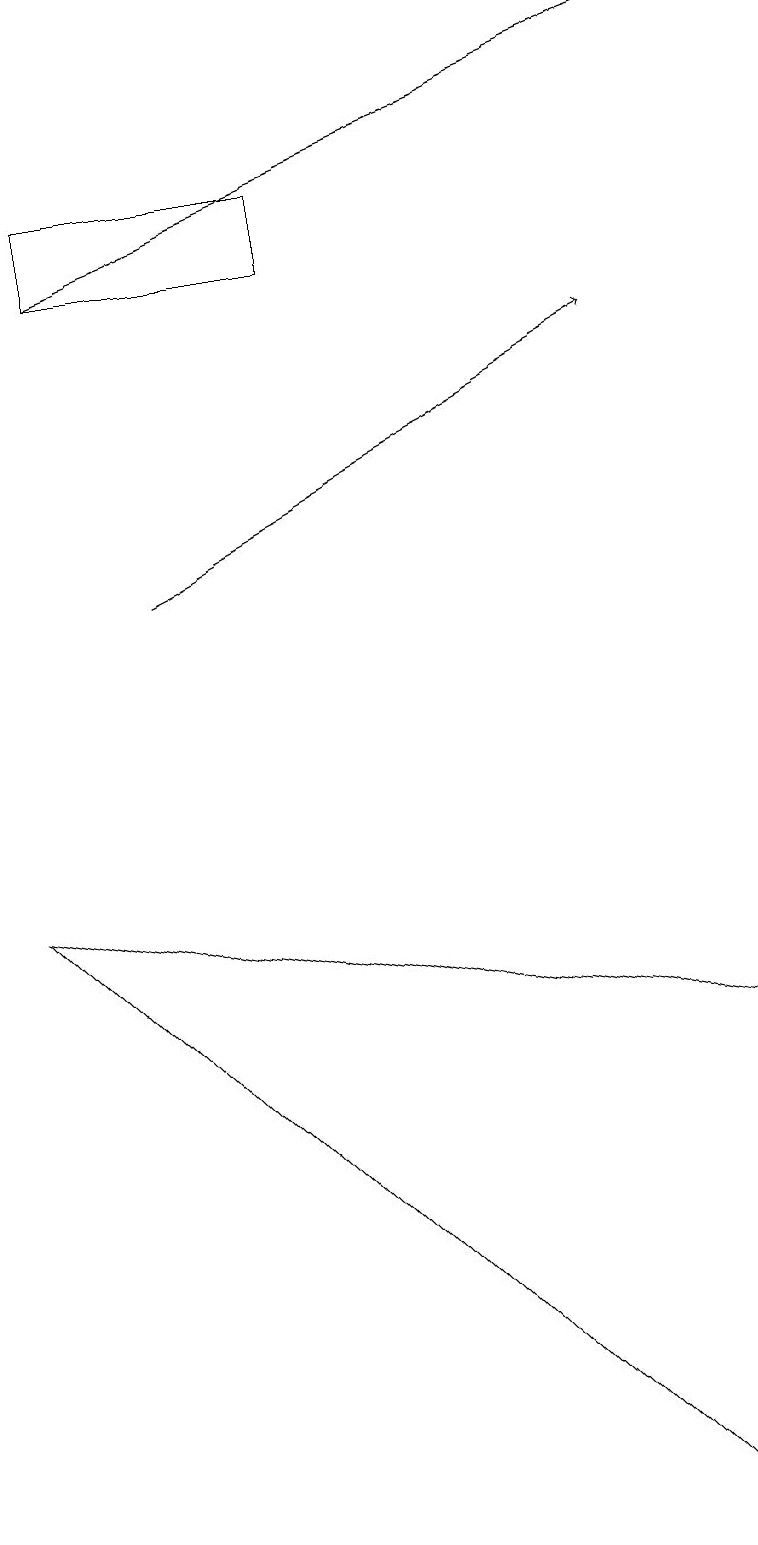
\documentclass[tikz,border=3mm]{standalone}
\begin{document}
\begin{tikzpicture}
\draw (9,6) -- (8,0) -- (0,8) -- cycle;
\draw[->] (2,12) -- (8,15);
\draw[->] (1,16) -- (9,19);
\draw (1,17) rectangle (4,16);
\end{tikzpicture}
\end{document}